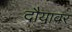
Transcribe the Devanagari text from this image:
दौयावर